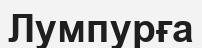
Лумпурға